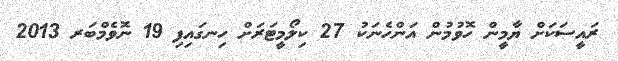
ރައީސަކަށް ޔާމީން ހޮވުމުން އަންހެނަކު 27 ކިލޯމީޓަރަށް ހިނގައިފި 19 ނޮވެމްބަރ 2013